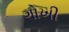
ગોખી